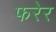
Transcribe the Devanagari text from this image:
फरेर